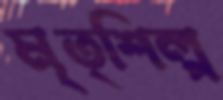
মৃত্শিল্প